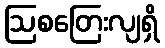
ဩစတြေးလျရှိ